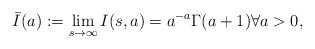
\begin{align*}\bar{I}(a) := \lim_{s \to \infty} I(s, a) = a^{-a} \Gamma(a + 1)\forall a > 0,\end{align*}